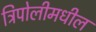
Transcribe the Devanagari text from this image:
त्रिपोलीमधील